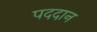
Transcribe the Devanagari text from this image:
पददान